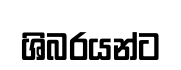
ශිබරයන්ට